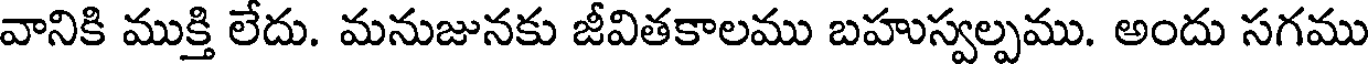
వానికి ముక్తి లేదు. మనుజునకు జీవితకాలము బహుస్వల్పము. అందు సగము